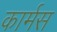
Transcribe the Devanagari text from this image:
कार्मस